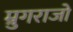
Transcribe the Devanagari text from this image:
म्रुगराजो